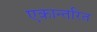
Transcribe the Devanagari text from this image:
एकान्तरित